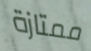
ممتازة